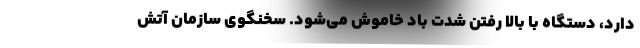
دارد، دستگاه با بالا رفتن شدت باد خاموش می‌شود. سخنگوی سازمان آتش